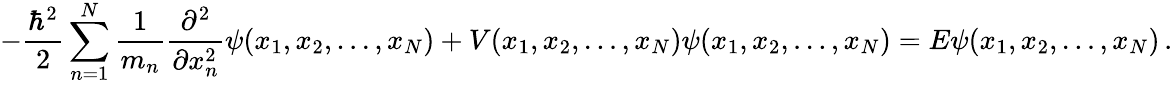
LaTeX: -{\frac{\hbar^{2}}{2}}\sum_{n=1}^{N}{\frac{1}{m_{n}}}{\frac{\partial^{2}}{\partial x_{n}^{2}}}\psi(x_{1},x_{2},\ldots,x_{N})+V(x_{1},x_{2},\ldots,x_{N})\psi(x_{1},x_{2},\ldots,x_{N})=E\psi(x_{1},x_{2},\ldots,x_{N})\, .